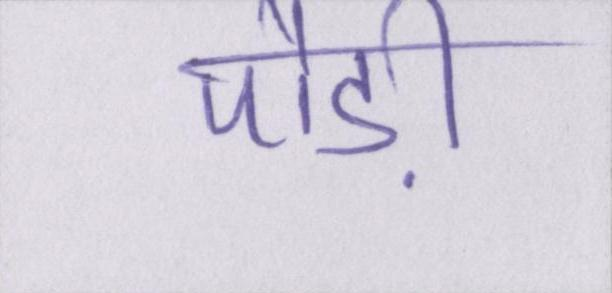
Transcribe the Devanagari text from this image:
पौड़ी